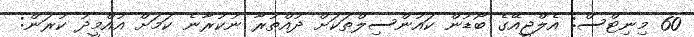
60 މިނިޓްސް: އެލްޖީއޭގެ ބޯޑުން ކައުންސިލްތަކަށް ދުއްތުރާ ނުކުރާނެ ކަމަށް އުއްމީދު ކުރަން: